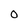
Character: 0